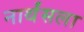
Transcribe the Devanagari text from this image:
नार्थंसला